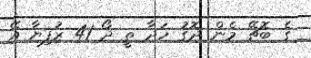
ގެ ބޮޗޭ މެން ދޮގު ހަދާ ތީ ދޯ 41 ރުފިޔާ އޭ